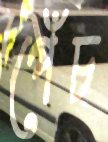
পেঁচ